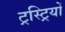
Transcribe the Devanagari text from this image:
ट्रस्ट्रियों